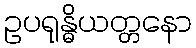
ဥပရုန္ဓိယတ္တနော